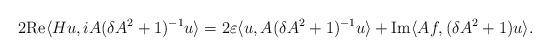
LaTeX: \begin{align*} 2 \mbox{Re} \langle H u , i A (\delta A^2 + 1)^{-1} u \rangle = 2 \varepsilon \langle u , A (\delta A^2 + 1)^{-1} u \rangle + \mbox{Im} \langle A f , (\delta A^2 + 1) u \rangle . \end{align*}